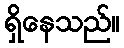
ရှိနေသည်။